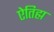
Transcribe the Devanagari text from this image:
ऐतिह्म